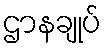
ဌာနချုပ်